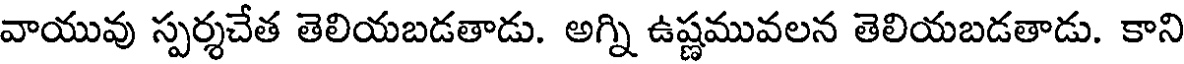
వాయువు స్పర్శచేత తెలియబడతాడు. అగ్ని ఉష్ణమువలన తెలియబడతాడు. కాని